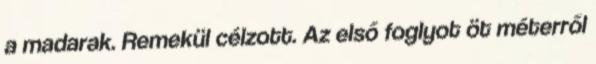
a madarak. Remekül célzott. Az első foglyot öt méterről